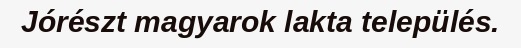
Jórészt magyarok lakta település.